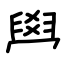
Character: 𦥯